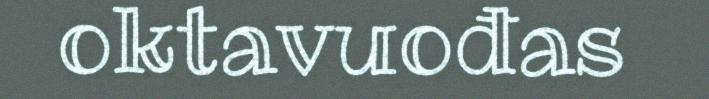
oktavuođas